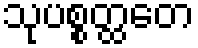
သုပစ္စတ္ထတေ